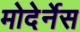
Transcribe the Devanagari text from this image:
मोदेर्नेस